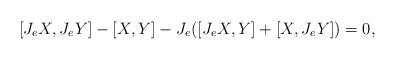
LaTeX: \begin{align*} [J_eX,J_eY] -[X,Y] - J_e([J_eX,Y]+[X,J_eY]) = 0, \end{align*}